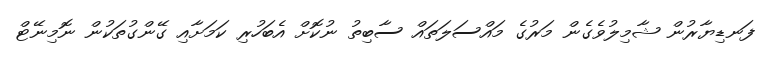
ފަނޑިޔާރުން ޝާމިލުވެގެން މަރުގެ މައްސަލަތައް ސާބިތު ނުކޮށް އެބަހުރި ކަމަށާއި ގޭންގުތަކުން ނޮމިނޭޓް